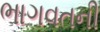
ભાગવતની